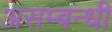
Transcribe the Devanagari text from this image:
असम्बन्धी